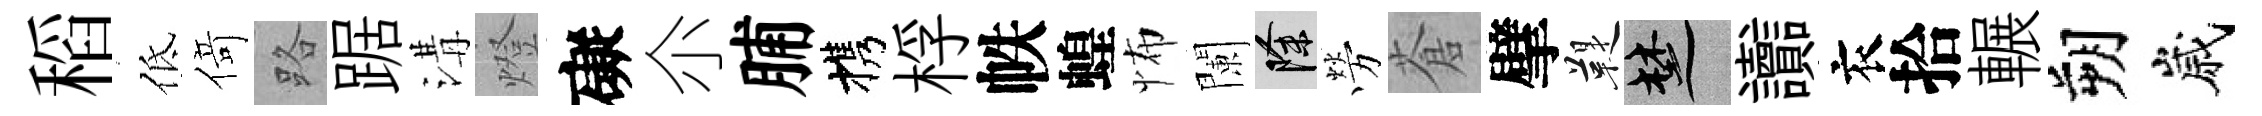
稻低𠋣路踞溝燈礙尒脯携桴帙蝗怖闌除勞蒼擘鞮楚讟衣拾輾朔嵗